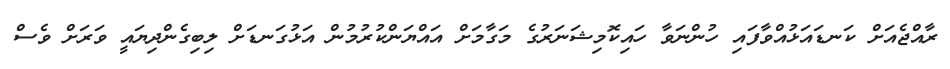
ރާއްޖެއަށް ކަނޑައަޅުއްވާފައި ހުންނަވާ ހައިކޮމިޝަނަރުގެ މަގާމަށް އައްޔަންކުރުމުން އަޅުގަނޑަށް ލިބިގެންދިޔައީ ވަރަށް ވެސް